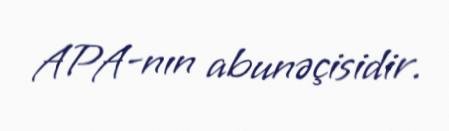
APA-nın abunəçisidir.